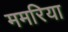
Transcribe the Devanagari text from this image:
ममरिया